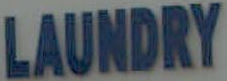
LAUNDRY